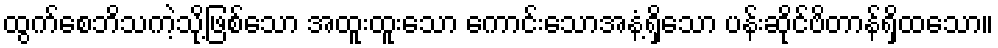
ထွက်စေဘိသကဲ့သို့ဖြစ်သော အထူးထူးသော ကောင်းသောအနံ့ရှိသော ပန်းဆိုင်ဗိတာန်ရှိထသော။